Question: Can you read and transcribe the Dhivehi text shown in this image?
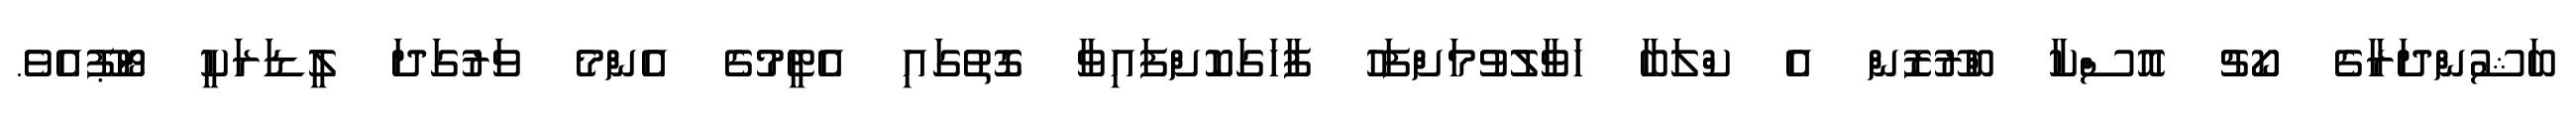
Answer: ބަޝުންދަރާގެ ކޯޗު އޮސްކާ ބްރޫޒޮން އެ ކްލަބާ ހަވާލުވުމަށްފަހު ފާހަގަކޮށްފައިވާ ގޮތުގައި އެޓީމުގެ އެންމެ ވަރުގަދަ ލީޑަރަކީ ޓޯޕޫއެވެ.